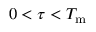
0 < \tau < T _ { \mathrm { m } }